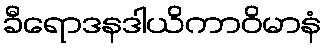
ခီရောဒနဒါယိကာဝိမာနံ